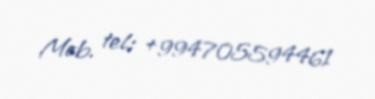
Mob. tel: +994705594461